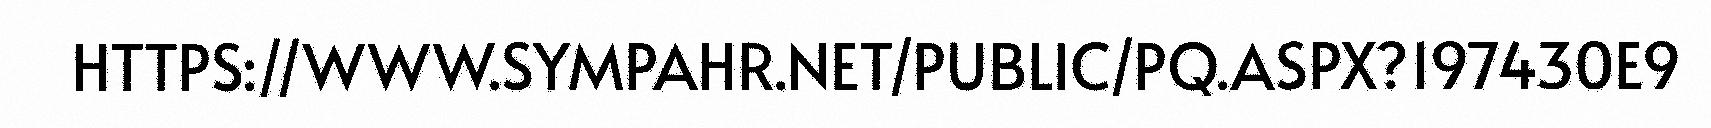
HTTPS://WWW.SYMPAHR.NET/PUBLIC/PQ.ASPX?197430E9